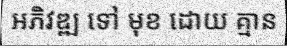
អភិវឌ្ឍ ទៅ មុខ ដោយ គ្មាន